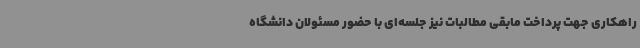
راهکاری جهت پرداخت مابقی مطالبات نیز جلسه‌ای با حضور مسئولان دانشگاه